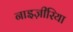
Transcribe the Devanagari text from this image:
नाइज़ीरिया